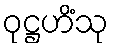
ဝုဋ္ဌဟိံသု